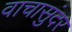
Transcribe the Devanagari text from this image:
वाचासुंदर